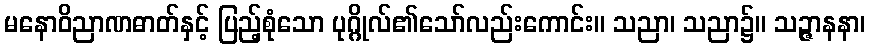
မနောဝိညာဏဓာတ်နှင့် ပြည့်စုံသော ပုဂ္ဂိုလ်၏သော်လည်းကောင်း။ သညာ၊ သညာ၌။ သဉ္ဇာနနာ၊